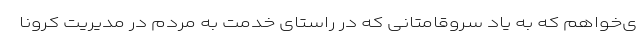
ی‌خواهم که به یاد سروقامتانی که در راستای خدمت به مردم در مدیریت کرونا